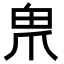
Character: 𤰲